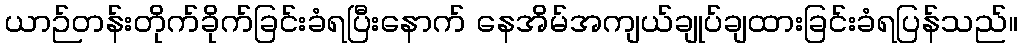
ယာဉ်တန်းတိုက်ခိုက်ခြင်းခံရပြီးနောက် နေအိမ်အကျယ်ချုပ်ချထားခြင်းခံရပြန်သည်။